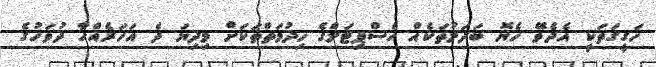
ހަގީގަތަކީ އެދެވޭ ހެޔޮ ބަދަލުތަކެއް ހެސްޕިޓަލްގެ ހިދުމަތްތަކަށް މިދިޔަ ދެ އަހަރެއްހާ ދުވަހުގެ